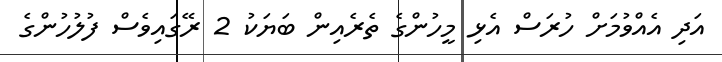
އަދި އެއްވުމަށް ހުރަސް އެޅި މީހުންގެ ތެރެއިން ބަޔަކު 2 ރޭގައިވެސް ފުލުހުންގެ